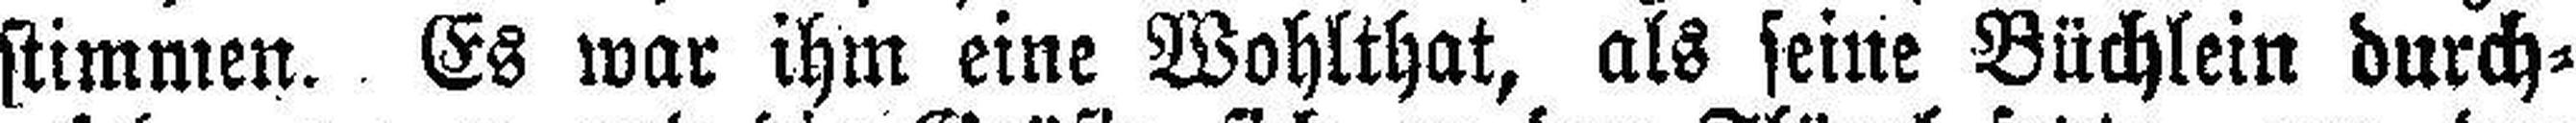
stimmen. Es war ihm eine Wohlthat, als seine Büchlein durch¬